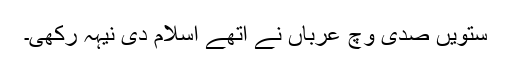
ستویں صدی وچّ عرباں نے اتھے اسلام دی نیہہ رکھی۔